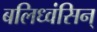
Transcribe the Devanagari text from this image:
बलिध्वंसिन्